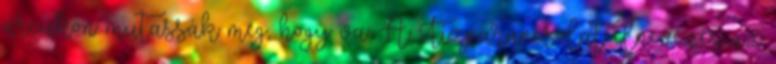
arcukon mutassák meg, hogy va. A Tízparancsolat elnevezés az